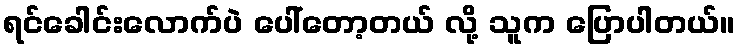
ရင်ခေါင်းလောက်ပဲ ပေါ်တော့တယ် လို့ သူက ပြောပါတယ်။